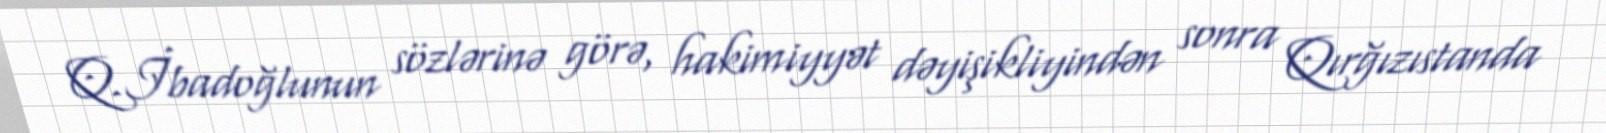
Q.İbadoğlunun sözlərinə görə, hakimiyyət dəyişikliyindən sonra Qırğızıstanda